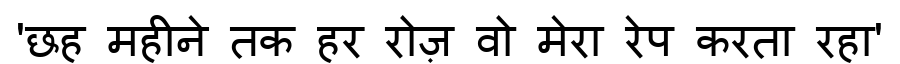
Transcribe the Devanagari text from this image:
'छह महीने तक हर रोज़ वो मेरा रेप करता रहा'